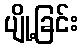
ပျို့ခြင်း